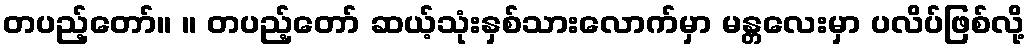
တပည့်တော်။ ။ တပည့်တော် ဆယ့်သုံးနှစ်သားလောက်မှာ မန္တလေးမှာ ပလိပ်ဖြစ်လို့